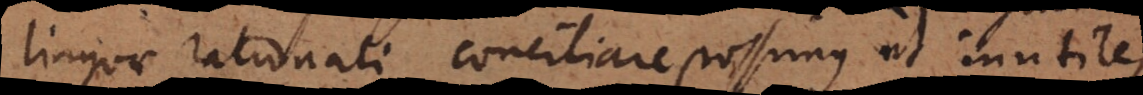
linguae rationali conciliare possimus ut inutiles